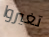
تغيروا